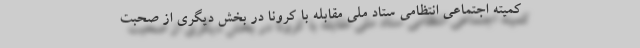
کمیته اجتماعی انتظامی ستاد ملی مقابله با کرونا در بخش دیگری از صحبت